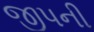
જીપની